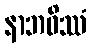
နာဘဝိဿံ